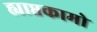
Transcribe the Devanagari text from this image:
ह्याप्तकामो